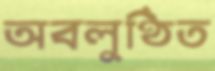
অবলুণ্ঠিত